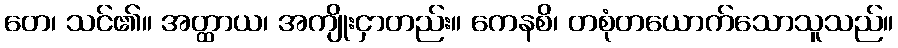
တေ၊ သင်၏။ အတ္ထာယ၊ အကျိုးငှာတည်း။ ကေနစိ၊ တစုံတယောက်သောသူသည်။